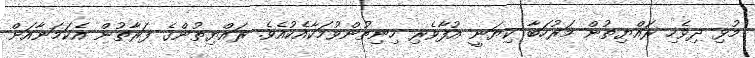
މުޅި ދިވެހި ރައްޔިތުން މަރުހަބާ ކިޔަނީ އުފާވެރި ހިނިތުންވުމަކާއެކުއެވެ. ރައްޔިތުންގެ ފަރާތުން އެކަމަނާއަށް